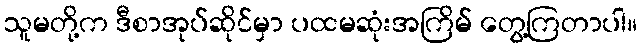
သူမတို့က ဒီစာအုပ်ဆိုင်မှာ ပထမဆုံးအကြိမ် တွေ့ကြတာပါ။